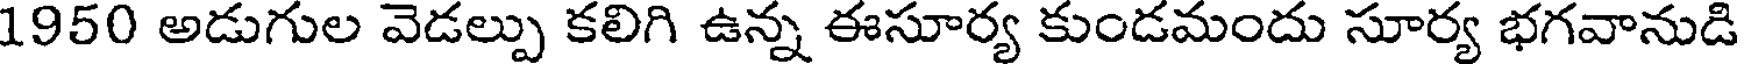
1950 అడుగుల వెడల్పు కలిగి ఉన్న ఈసూర్య కుండమందు సూర్య భగవానుడి